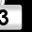
Digit: 3